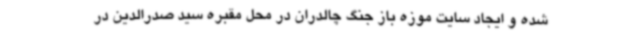
شده و ایجاد سایت موزه باز جنگ چالدران در محل مقبره سید صدرالدین در